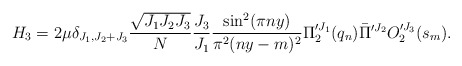
\begin{align*}H_3=2\mu \delta_{J_1,J_2+J_3}{\sqrt{J_1 J_2 J_3}\over N} {J_3\over J_1}{\sin^2(\pi ny)\over\pi^2 (ny-m)^2}\Pi^{\prime J_1}_{2}(q_n)\bar{\Pi}^{\prime J_2}O^{\prime J_3}_{2}(s_m).\end{align*}